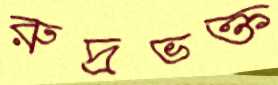
রুদ্রভক্ত